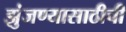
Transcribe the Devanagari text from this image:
झुंजण्यासाठीची